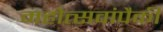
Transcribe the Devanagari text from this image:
महोत्सवांपैकी